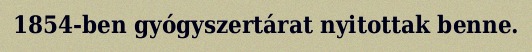
1854-ben gyógyszertárat nyitottak benne.